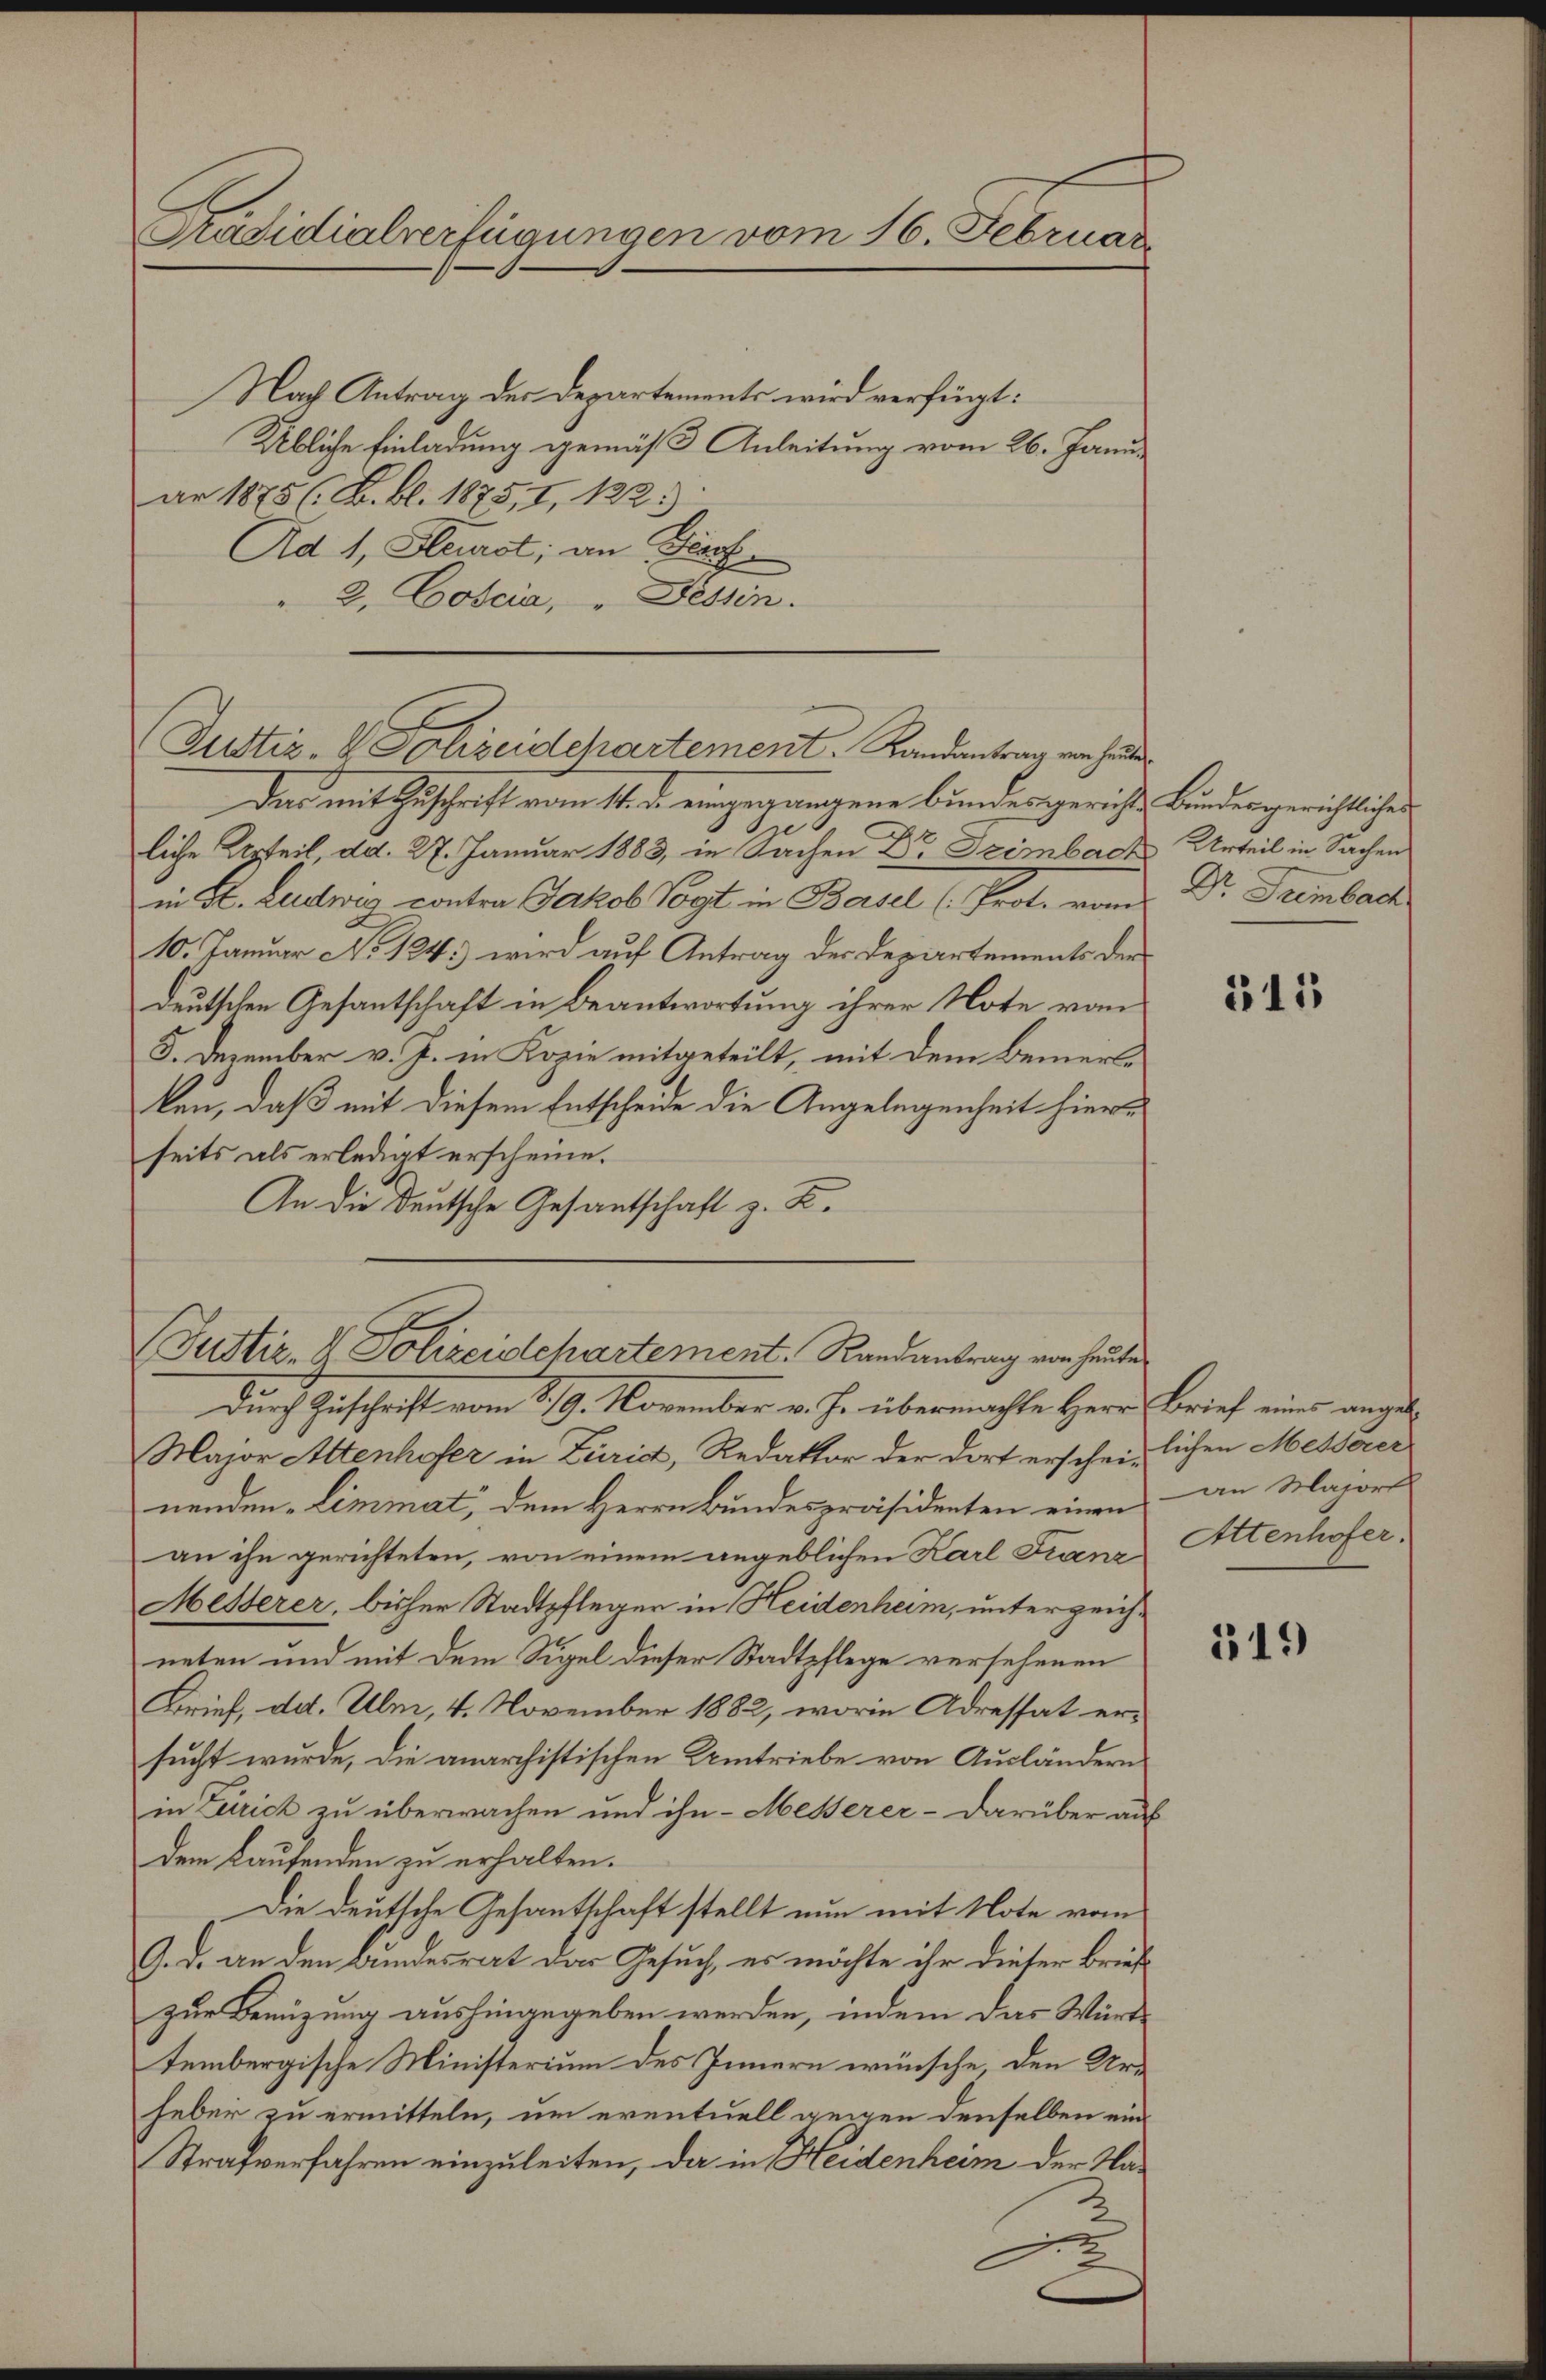
Präsidialverfügungen vom 16. Februar

Nach Antrag der Departements wird verfügt:
Uebliche Einladung gemäß Anleitung vom 26. Januar 1875 (B. Bl. 1875, 1, 122.
Ad 1, Heurst; an Brief
2. Coscia, Tessin.
Das mit Zuschrift vom 11. d. eingegangene Bundesgerichts Bundergerichtlichen
liche Urteil, dd. 27. Januar 1883, in Sachen Dr Szimbach Urteil in Sachen
in H. Ludwig contra Jakob Vogt in Basel (Prot. von Dr. Frembach
10. Januar No 124.) wird auf Antrag der Departements der
deutschen Gesantschaft in Beantwortung ihrer Note von
5. Dezember v. J. in Kopie mitgeteilt, mit dem Bemerkken, daß mit diesem Entscheide die Angelegenheit hinerseits als erledigt erscheine.
An die Deutsche Gesantschaft z. B.
(Justiz- & Polizeidepartement. Randantrag von heute
durch Zuschrift vom 179. November v. J. übermachte Herr Brief einer angel¬
Major Altenhofer in Zürich, Redaktor der dort erscheinlichen Messerer
nenden-Limmat, dem Herrn Bundespräsidenten einen an Majore
an ihn gerichteten, von einem angeblichen Karl Franz
Mesterer, bisher Stadtpfleger in Heidenheim, unterzeichneten und mit dem Sigel dieser Stadtpflege versehenen
Brief, dd. Ulm, 4. November 1882, worin Adressat ersucht wurde, die anarchistischen Umtriebe von Ausländern
in Zürich zu überwachen und ihn - Messerer - darüber auf
dem Laufenden zu erhalten.
Die deutsche Gesantschaft stellt nun mit Note vom
G. d. an den Bundesrat das Gesuch, es möchte ihr dieser Brief
zur Benützung aushingegeben werden, indem das Württembergische Ministerium des Innern wünsche, den Urheber zu ermitteln, um eventuell gegen denselben ein¬
Strafverfahren einzuleiten, da in Heidenheim der Nad

Justiz- & Polizeidchartement. Randantrag vorheiten

315

Attenhofer.

519